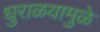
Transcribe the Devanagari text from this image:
धुराळयामुळे